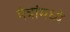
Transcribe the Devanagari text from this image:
मंत्रांमध्ये